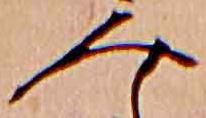
み